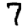
Digit: 7